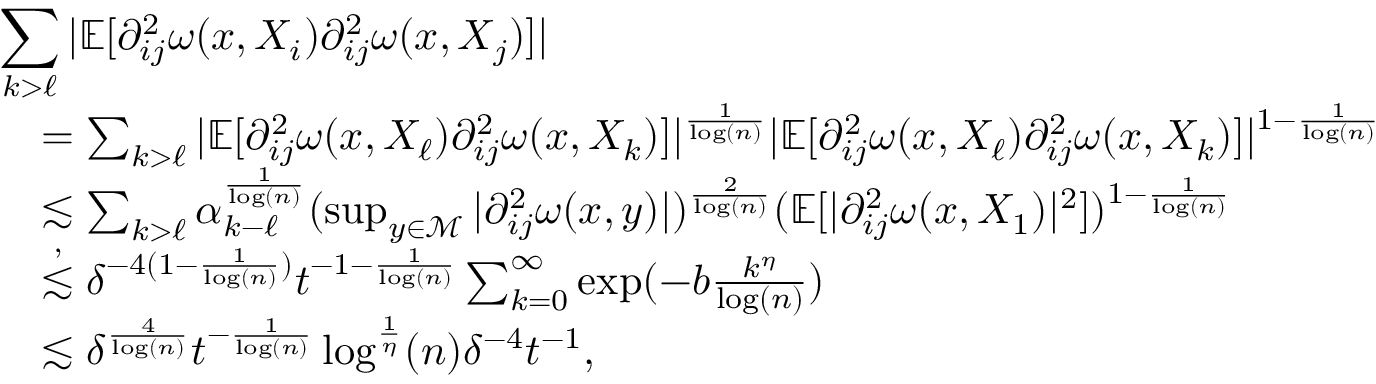
\begin{array} { r l } { \lefteqn { \sum _ { k > \ell } \vert \mathbb { E } [ \partial _ { i j } ^ { 2 } \omega ( x , X _ { i } ) \partial _ { i j } ^ { 2 } \omega ( x , X _ { j } ) ] \vert } } \\ & { = \sum _ { k > \ell } \vert \mathbb { E } [ \partial _ { i j } ^ { 2 } \omega ( x , X _ { \ell } ) \partial _ { i j } ^ { 2 } \omega ( x , X _ { k } ) ] \vert ^ { \frac { 1 } { \log ( n ) } } \vert \mathbb { E } [ \partial _ { i j } ^ { 2 } \omega ( x , X _ { \ell } ) \partial _ { i j } ^ { 2 } \omega ( x , X _ { k } ) ] \vert ^ { 1 - \frac { 1 } { \log ( n ) } } } \\ & { \lesssim \sum _ { k > \ell } \alpha _ { k - \ell } ^ { \frac { 1 } { \log ( n ) } } ( \operatorname* { s u p } _ { y \in \mathcal { M } } \vert \partial _ { i j } ^ { 2 } \omega ( x , y ) \vert ) ^ { \frac { 2 } { \log ( n ) } } ( \mathbb { E } [ \vert \partial _ { i j } ^ { 2 } \omega ( x , X _ { 1 } ) \vert ^ { 2 } ] ) ^ { 1 - \frac { 1 } { \log ( n ) } } } \\ & { \stackrel { , } { \lesssim } \delta ^ { - 4 ( 1 - \frac { 1 } { \log ( n ) } ) } t ^ { - 1 - \frac { 1 } { \log ( n ) } } \sum _ { k = 0 } ^ { \infty } \exp ( - b \frac { k ^ { \eta } } { \log ( n ) } ) } \\ & { \lesssim \delta ^ { \frac { 4 } { \log ( n ) } } t ^ { - \frac { 1 } { \log ( n ) } } \log ^ { \frac { 1 } { \eta } } ( n ) \delta ^ { - 4 } t ^ { - 1 } , } \end{array}